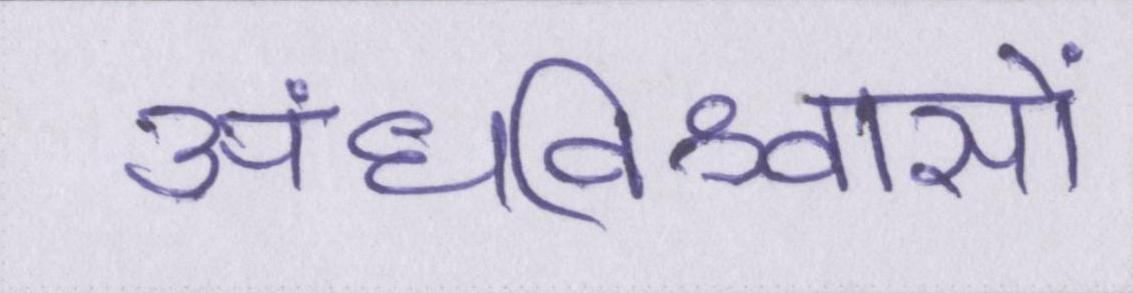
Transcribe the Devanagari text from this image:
अंधविश्वासों